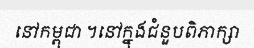
នៅកម្ពុជា ។នៅក្នុងជំនួបពិភាក្សា